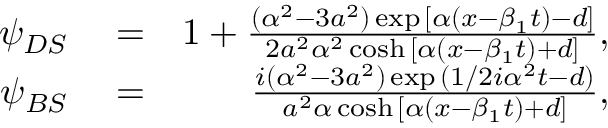
\begin{array} { r l r } { \psi _ { D S } } & { { } = } & { 1 + \frac { ( \alpha ^ { 2 } - 3 a ^ { 2 } ) \exp { [ \alpha ( x - \beta _ { 1 } t ) - d ] } } { 2 a ^ { 2 } \alpha ^ { 2 } \cosh { [ \alpha ( x - \beta _ { 1 } t ) + d ] } } , } \\ { \psi _ { B S } } & { { } = } & { \frac { i ( \alpha ^ { 2 } - 3 a ^ { 2 } ) \exp { ( 1 / 2 i \alpha ^ { 2 } t - d ) } } { a ^ { 2 } \alpha \cosh { [ \alpha ( x - \beta _ { 1 } t ) + d ] } } , } \end{array}